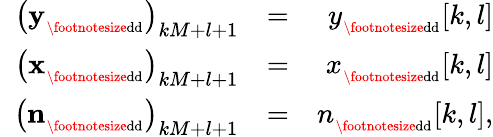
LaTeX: \begin{array}{rlr}{\left({{\mathbf y}}_{_{\mathrm{\footnotesize{dd}}}}\right)_{kM+l+1}}&{=}&{{{y}}_{_{\mathrm{\footnotesize{dd}}}}[k,l]}\\ {\left({{\mathbf x}}_{_{\mathrm{\footnotesize{dd}}}}\right)_{kM+l+1}}&{=}&{{{x}}_{_{\mathrm{\footnotesize{dd}}}}[k,l]}\\ {\, \, \, \left({{\mathbf n}}_{_{\mathrm{\footnotesize{dd}}}}\right)_{kM+l+1}}&{=}&{{{n}}_{_{\mathrm{\footnotesize{dd}}}}[k,l],}\end{array}